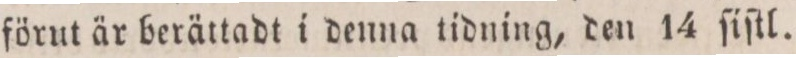
förut är berättadt i denna tidning, den 14 ſiſtl.